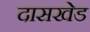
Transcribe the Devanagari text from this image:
दासखेड